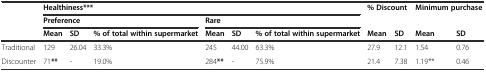
<table><thead><tr><td></td><td colspan="6"><b>Healthiness***</b></td><td colspan="2"><b>% Discount</b></td><td colspan="2"><b>Minimum purchase</b></td></tr><tr><td></td><td colspan="3"><b>Preference</b></td><td colspan="3"><b>Rare</b></td><td colspan="2"></td><td colspan="2"></td></tr><tr><td></td><td><b>Mean</b></td><td><b>SD</b></td><td><b>% of total within supermarket</b></td><td><b>Mean</b></td><td><b>SD</b></td><td><b>% of total within supermarket</b></td><td><b>Mean</b></td><td><b>SD</b></td><td><b>Mean</b></td><td><b>SD</b></td></tr></thead><tbody><tr><td>Traditional</td><td>129</td><td>26.04</td><td>33.3%</td><td>245</td><td>44.00</td><td>63.3%</td><td>27.9</td><td>12.1</td><td>1.54</td><td>0.76</td></tr><tr><td>Discounter</td><td>71<b>**</b></td><td>-</td><td>19.0%</td><td>284<b>**</b></td><td>-</td><td>75.9%</td><td>21.4</td><td>7.38</td><td>1.19**</td><td>0.46</td></tr></tbody></table>